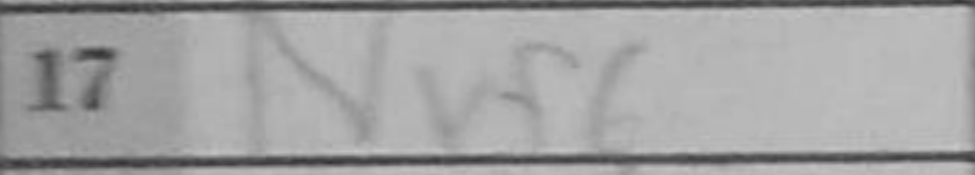
Transcription: Nxf6